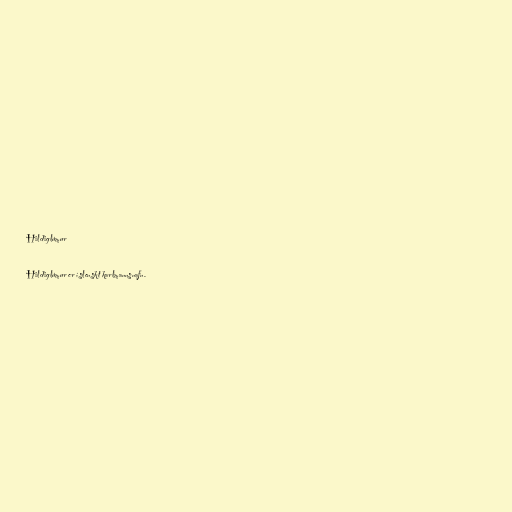
Hildiglúmur

Hildiglúmur er íslenskt karlmannsnafn.